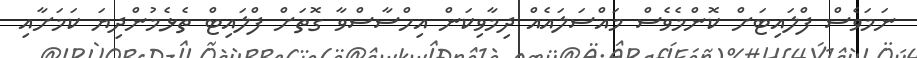
ނަމަވެސް ފްލައިޓަށް ކޮންމެވެސް މައްސަލައެއް ދިމާވިކަން އިހްސާސްވާ ގޮތަށް ފްލައިޓް ތެޅެމުންދިޔަ ކަމަށާއި